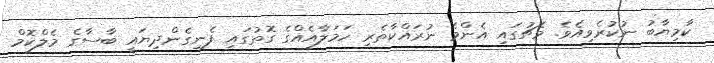
ކާމިޔާބު ނުކުރެވިއެވެ. މެޗުގައި އެންމެ ނުރައްކާތެރި ހަމަލާއެއްގެ ގޮތުގައި ފެނިގެންދިޔައީ ބާސާގެ މެލްކޮމް